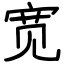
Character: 宽